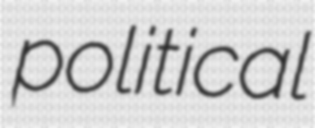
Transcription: political